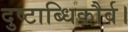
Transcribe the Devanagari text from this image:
दुष्टाब्धिकौर्व।